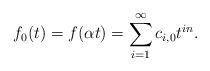
LaTeX: \begin{align*} f_0 (t) = f (\alpha t) = \sum_{i = 1}^{\infty} c_{i,0} t^{i n} . \end{align*}